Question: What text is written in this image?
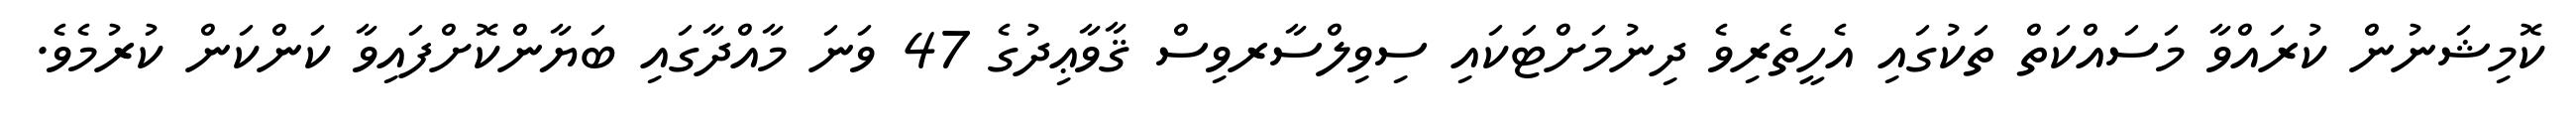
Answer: ކޮމިޝަނުން ކުރައްވާ މަސައްކަތް ތަކުގައި އެހީތެރިވެ ދިނުމަށްޓަކައި ސިވިލްސާރވިސް ޤާވާޢިދުގެ 47 ވަނަ މާއްދާގައި ބަޔާންކޮށްފައިވާ ކަންކަން ކުރުމެވެ.